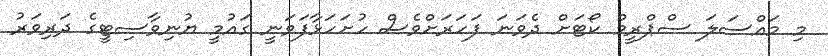
މި މައްސަލަ ސްޕްރީމް ކޯޓަށް ދެވަނަ ފަހަރަށްވެސް ހުށަހަޅާފަވަނީ ގައުމީ ޔުނިވާސިޓީގެ ދަރިވަރު